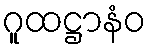
ဂူထဋ္ဌာနံဝ